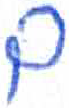
אות: ם